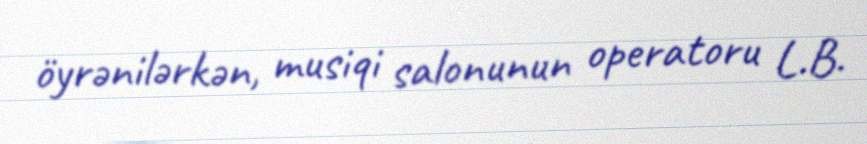
öyrənilərkən, musiqi salonunun operatoru L.B.